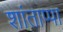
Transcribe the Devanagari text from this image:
शांताप्पा